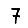
Digit: 7